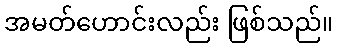
အမတ်ဟောင်းလည်း ဖြစ်သည်။